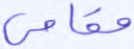
مقامي